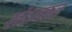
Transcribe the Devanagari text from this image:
खंडावकल